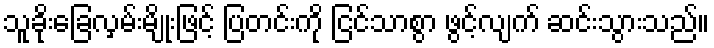
သူခိုးခြေလှမ်းမျိုးဖြင့် ပြတင်းကို ငြင်သာစွာ ဖွင့်လျက် ဆင်းသွားသည်။